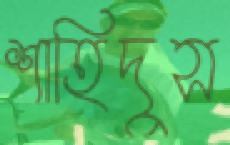
শাহিদুস